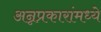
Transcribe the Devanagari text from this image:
अन्नप्रकारांमध्ये